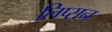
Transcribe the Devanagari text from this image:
लिप्सन